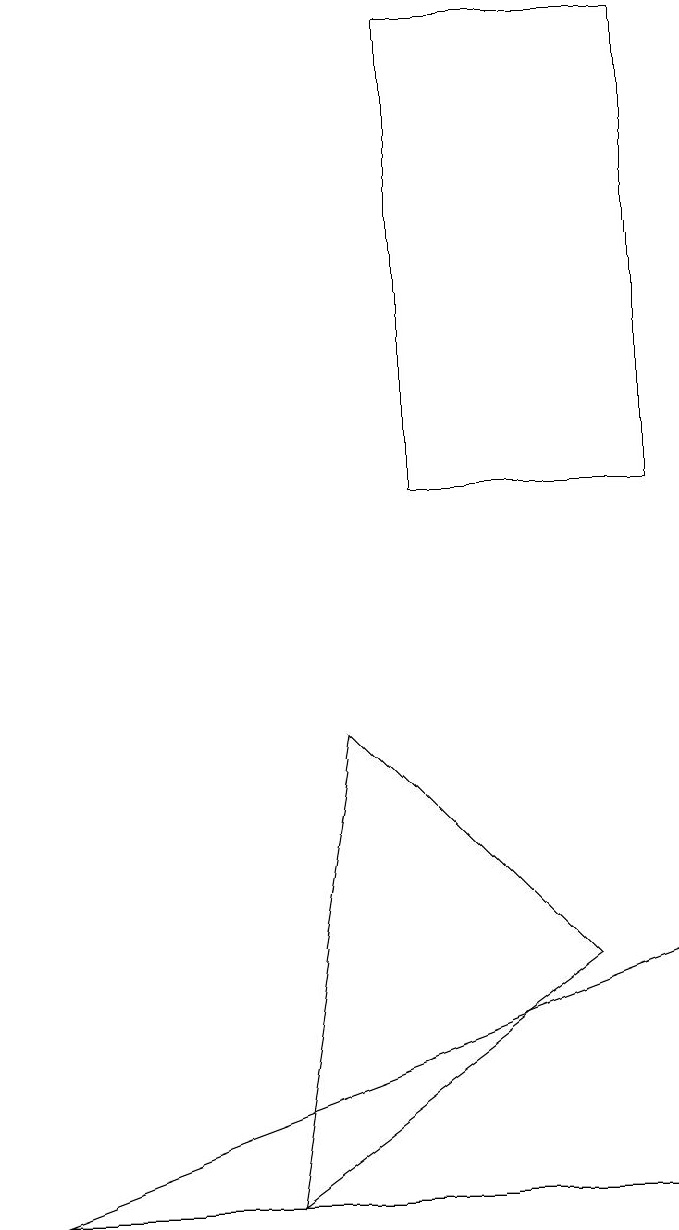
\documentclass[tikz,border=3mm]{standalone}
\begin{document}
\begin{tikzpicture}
\draw (1,3) -- (9,6) -- (9,3) -- cycle;
\draw (9,18) rectangle (6,12);
\draw (8,6) -- (4,3) -- (5,9) -- cycle;
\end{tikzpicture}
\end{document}